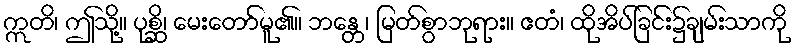
ဣတိ၊ ဤသို့။ ပုစ္ဆိ၊ မေးတော်မူ၏။ ဘန္တေ၊ မြတ်စွာဘုရား။ ဧတံ၊ ထိုအိပ်ခြင်း၌ချမ်းသာကို